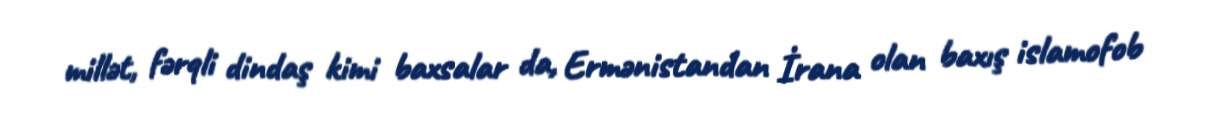
millət, fərqli dindaş kimi baxsalar da, Ermənistandan İrana olan baxış islamofob